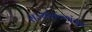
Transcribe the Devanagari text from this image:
राज्यांराज्यांतून